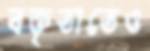
বক্তৃতাতেও